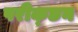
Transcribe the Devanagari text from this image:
परीक्छन